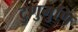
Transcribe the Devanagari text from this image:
टुणुमुणि